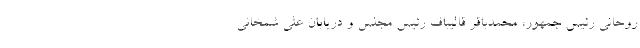
روحانی رئیس جمهور، محمدباقر قالیباف رئیس مجلس و دریابان علی شمخانی